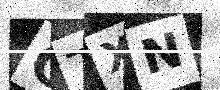
Text: GTXN